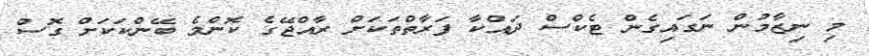
މި ނިޒާމުން ނަގައިގެން ޓެކްސް ދައްކާ ފަރާތްތަކަށް ރާއްޖޭގެ ކޮންމެ ބޭންކަކަށް ގޮސް